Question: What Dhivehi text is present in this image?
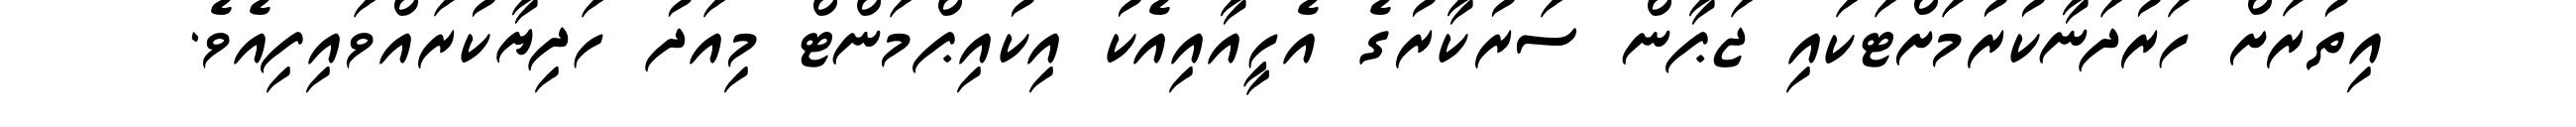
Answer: އިތުރަށް ހަރުދަނާކުރުމަށްޓަކައި ޖަޕާން ސަރުކާރުގެ އެހީއާއިއެކު އިކުއިޕްމަންޓް މިއަދު ހަދިޔާކުރައްވައިފިއެވެ.